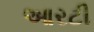
આરટી